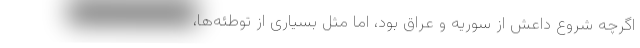
اگرچه شروع داعش از سوریه و عراق بود، اما مثل بسیاری از توطئه‌ها،